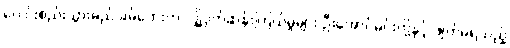
ပေါင်းစည်းသွားမည် ခမ်ဘေးက လျှို့ဝှက်ဆန်းကြယ်မှုများ ဦးအောင်မင်းတို့နှင့် ဖျက်မရသည့်